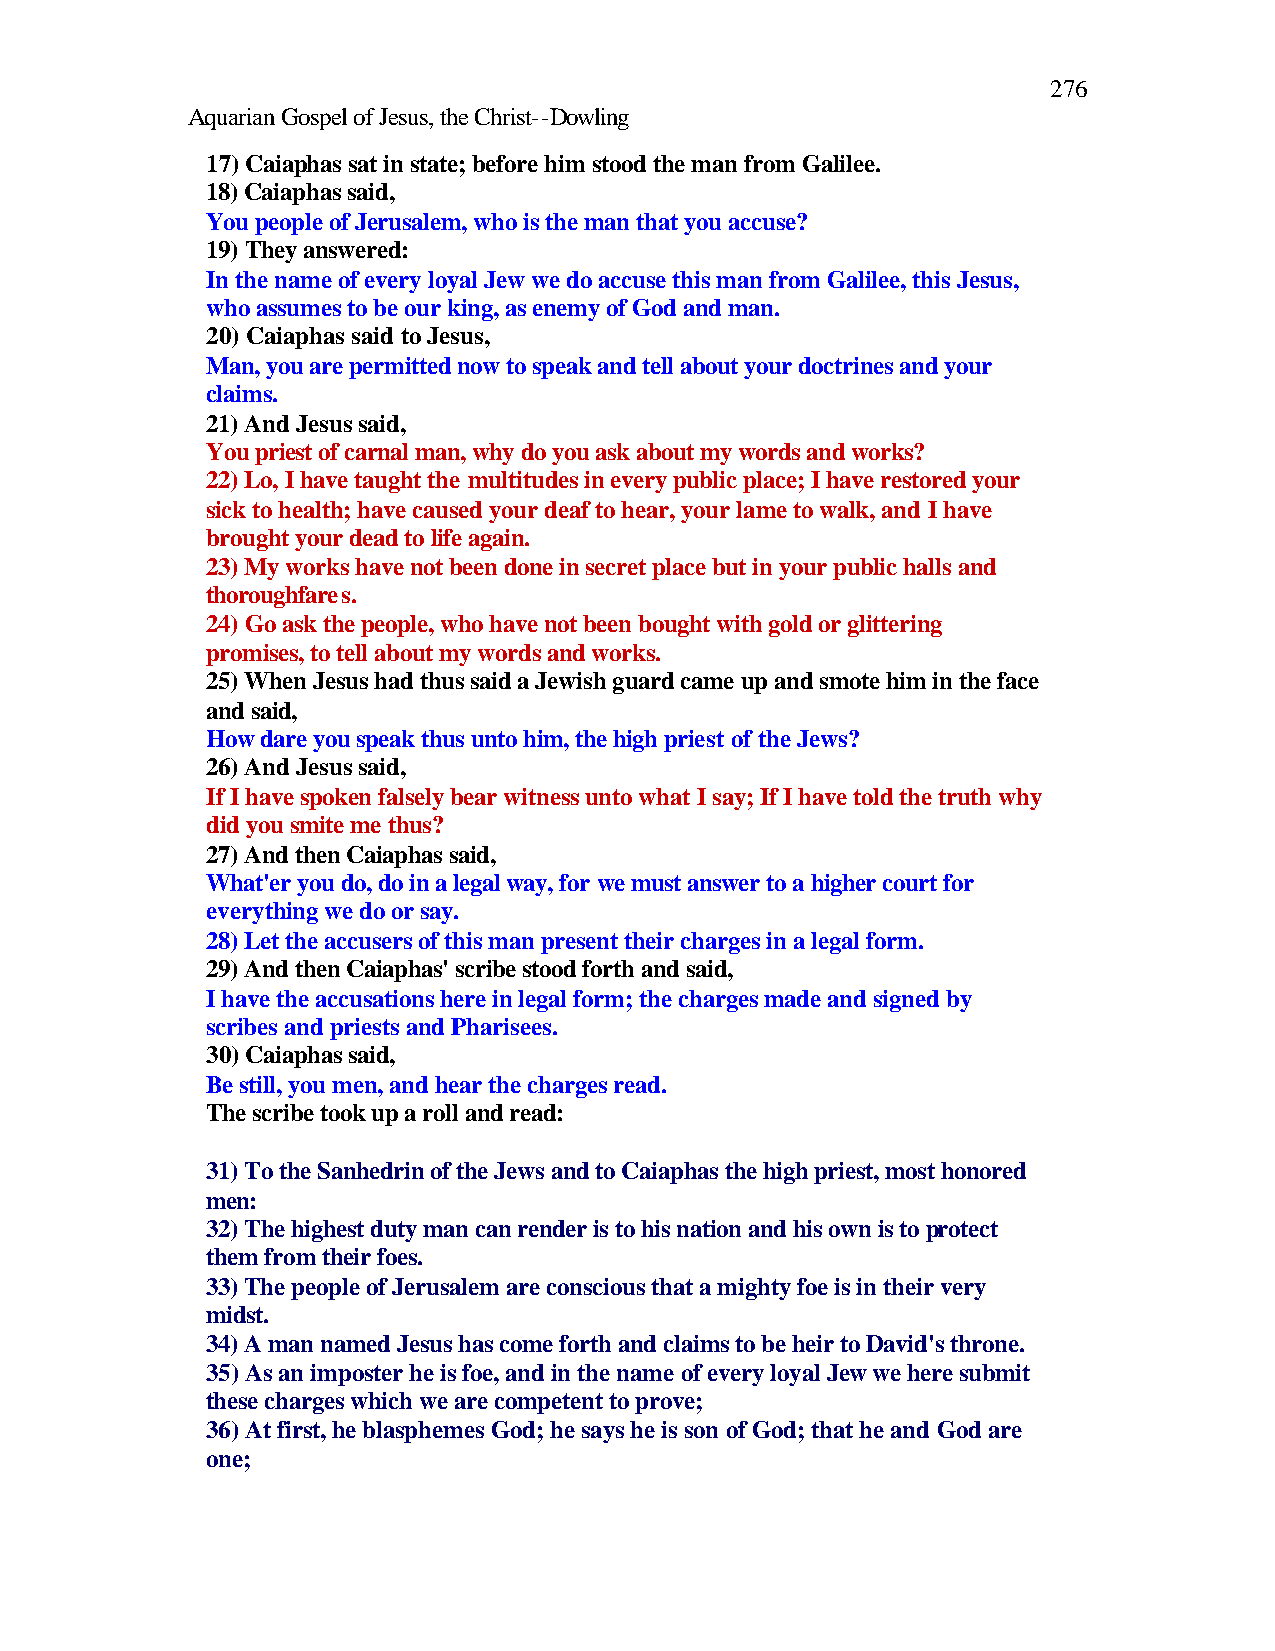
276
 Aquarian Gospel of Jesus, the Christ--Dowling
 17) Caiaphas sat in state; before him stood the man from Galilee.
 18) Caiaphas said,
 You people of Jerusalem, who is the man that you accuse?
 19) They answered:
 In the name of every loyal Jew we do accuse this man from Galilee, this Jesus,
 who assumes to be our king, as enemy of God and man.
 20) Caiaphas said to Jesus,
 Man, you are permitted now to speak and tell about your doctrines and your
 claims.
 21) And Jesus said,
 You priest of carnal man, why do you ask about my words and works?
 22) Lo, I have taught the multitudes in every public place; I have restored your
 sick to health; have caused your deaf to hear, your lame to walk, and I have
 brought your dead to life again.
 23) My works have not been done in secret place but in your public halls and
 thoroughfares.
 24) Go ask the people, who have not been bought with gold or glittering
 promises, to tell about my words and works.
 25) When Jesus had thus said a Jewish guard came up and smote him in the face
 and said,
 How dare you speak thus unto him, the high priest of the Jews?
 26) And Jesus said,
 If I have spoken falsely bear witness unto what I say; If I have told the truth why
 did you smite me thus?
 27) And then Caiaphas said,
 What'er you do, do in a legal way, for we must answer to a higher court for
 everything we do or say.
 28) Let the accusers of this man present their charges in a legal form.
 29) And then Caiaphas' scribe stood forth and said,
 I have the accusations here in legal form; the charges made and signed by
 scribes and priests and Pharisees.
 30) Caiaphas said,
 Be still, you men, and hear the charges read.
 The scribe took up a roll and read:
 31) To the Sanhedrin of the Jews and to Caiaphas the high priest, most honored
 men:
 32) The highest duty man can render is to his nation and his own is to protect
 them from their foes.
 33) The people of Jerusalem are conscious that a mighty foe is in their very
 midst.
 34) A man named Jesus has come forth and claims to be heir to David's throne.
 35) As an imposter he is foe, and in the name of every loyal Jew we here submit
 these charges which we are competent to prove;
 36) At first, he blasphemes God; he says he is son of God; that he and God are
 one;